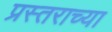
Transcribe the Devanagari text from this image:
प्रस्तराच्या